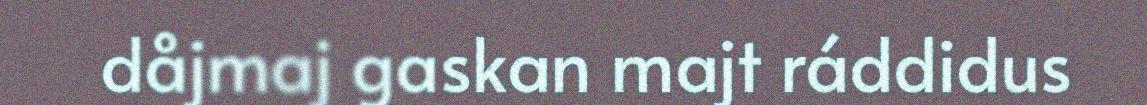
dåjmaj gaskan majt ráddidus